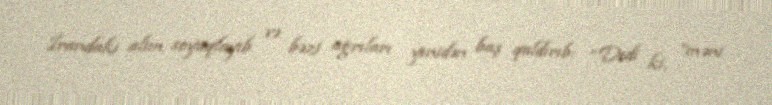
İrandakı alim soyuqlayıb və bəzi ağrıları yenidən baş qaldırıb: “Dedi ki, ”məni